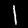
Label: 1